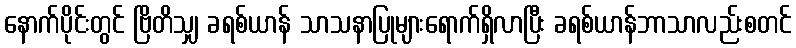
နောက်ပိုင်းတွင် ဗြိတိသျှ ခရစ်ယာန် သာသနာပြုများရောက်ရှိလာပြီး ခရစ်ယာန်ဘာသာလည်းစတင်